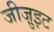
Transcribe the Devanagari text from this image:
जीजु़इट